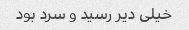
خیلی دیر رسید و سرد بود